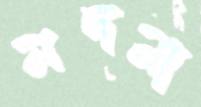
মদনা